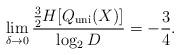
LaTeX: \begin{align*}\lim_{\delta \to 0}\frac{\frac{3}{2}H[Q_{{\mathrm{uni}}}(X)]}{\log_2 D}=-\frac{3}{4}.\end{align*}